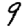
Digit: 9